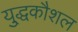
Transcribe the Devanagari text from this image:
यु्द्धकौशल